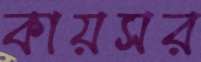
কায়সর